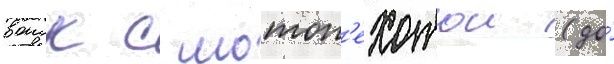
воиск с мотоп'ехотои (до́